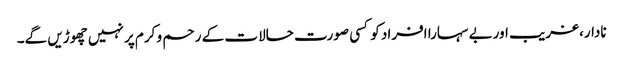
نادار،غریب اوربے سہارا افراد کو کسی صورت حالات کے رحم و کرم پر نہیں چھوڑیں گے۔